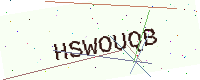
Text: HSWOUQB